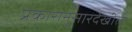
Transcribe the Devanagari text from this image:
प्रकारानुसारदेखील